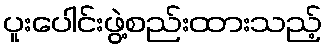
ပူးပေါင်းဖွဲ့စည်းထားသည့်